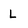
Character: L